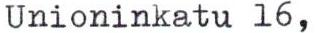
Unioninkatu 16,